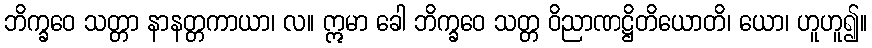
ဘိက္ခဝေ သတ္တာ နာနတ္တကာယာ၊ လ။ ဣမာ ခေါ ဘိက္ခဝေ သတ္တ ဝိညာဏဋ္ဌိတိယောတိ၊ ယော၊ ဟူဟူ၍။